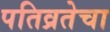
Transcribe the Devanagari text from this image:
पतिव्रतेचा